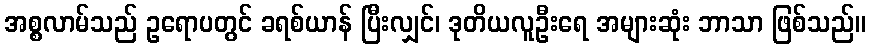
အစ္စလာမ်သည် ဥရောပတွင် ခရစ်ယာန် ပြီးလျှင်၊ ဒုတိယလူဦးရေ အများဆုံး ဘာသာ ဖြစ်သည်။